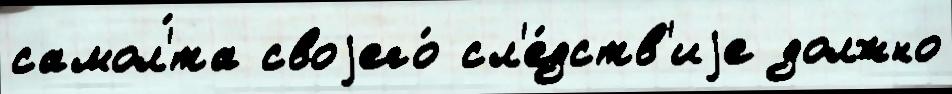
самол'́та своjего́ сл'е́дств'иjе должно